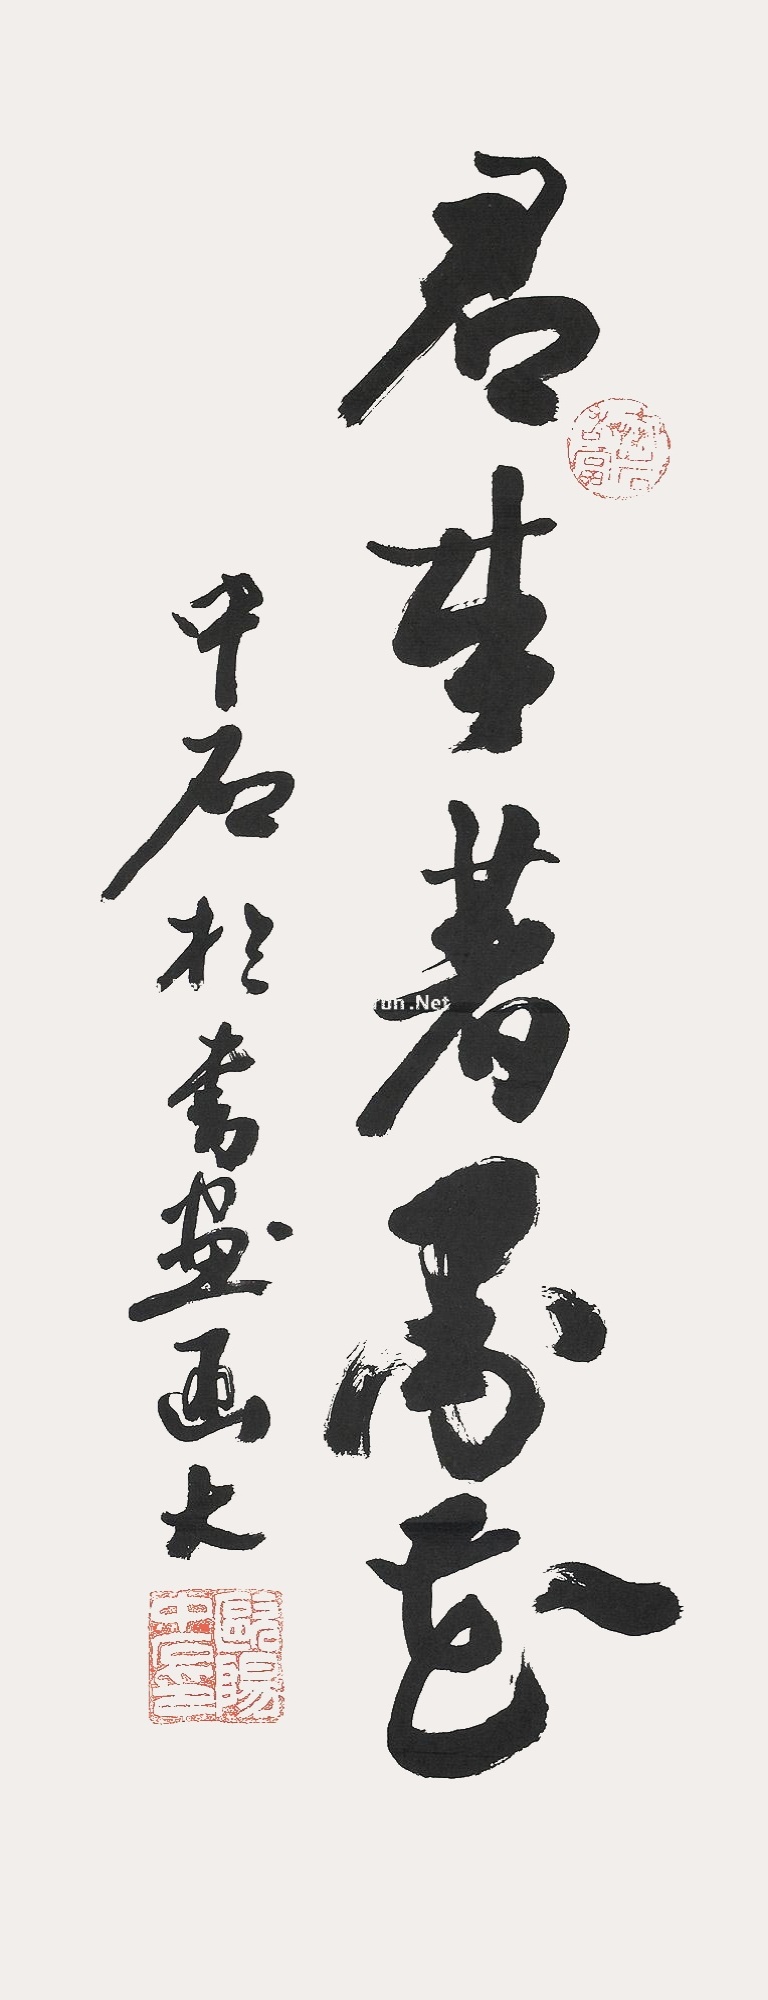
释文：君来著墨香。中石于书画函大。